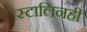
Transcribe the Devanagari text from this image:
स्टालिनही